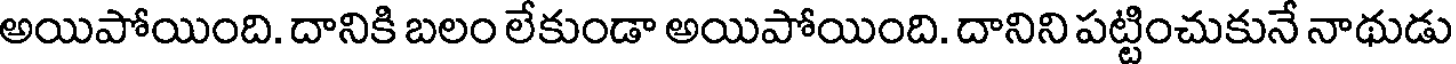
అయిపోయింది. దానికి బలం లేకుండా అయిపోయింది. దానిని పట్టించుకునే నాథుడు